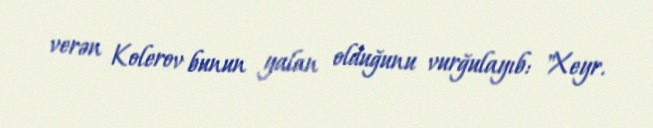
verən Kolerov bunun yalan olduğunu vurğulayıb: "Xeyr.